Vital statistics of India. Vol. VI, European troops 1870-79
Year: 1870
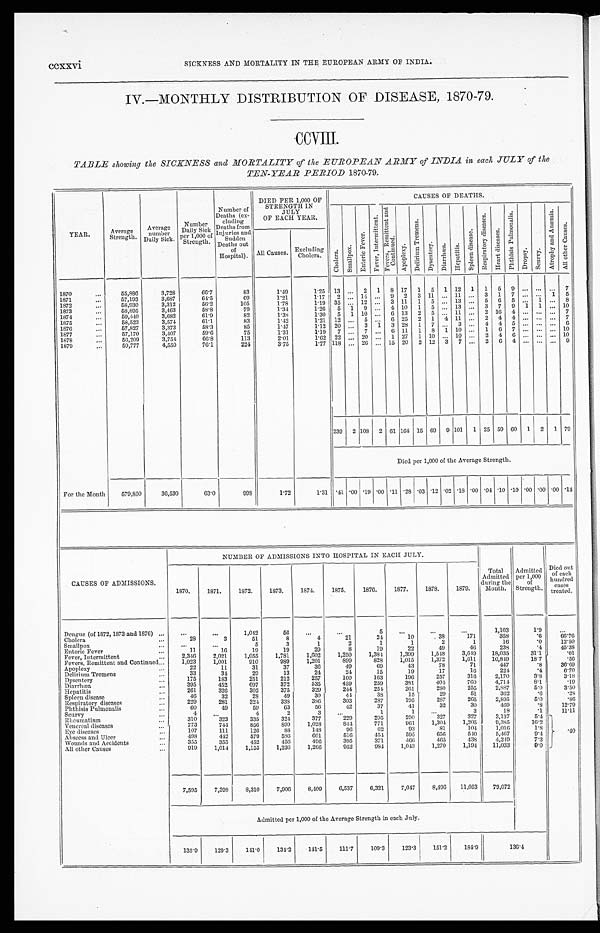
ccxxvi SICKNESS AND MORTALITY IN THE EUROPEAN ARMY OF INDIA.
IV.—MONTHLY DISTRIBUTION OF DISEASE, 1870-79.
TABLE showing the SICKNESS and MORTALITY of the EUROPEAN ARMY of INDIA in each JULY of the
TEN-YEAR PERIOD 1870-79.
YEAR.
Average
Strength.
Average
number
Daily Sick.
Number
Daily Sick
per 1,000 of
Strength.
Number of
D e a t h s ( e x -
c l u d i n g
D e a t h s f r o m
I n j u r i e s a n d
S u d d e n
D e a t h s o u t
o f H o s p i t a l ) .
DIED PER 1,000 OF
STRENGTH IN
JULY
OF EACH YEAR.
CAUSES OF DEATHS.
C h o l e r a .
S m a l l p o x .
E n t e r i c F e v e r .
F e v e r , I n t e r m i t t e n t .
F e v e r s , R e m i t t e n t a n d
C o n t i n u e d .
A p o p l e x y .
D e l i r i u m T r e m e n s .
D y s e n t e r y . D i a r r h œ a . H e p a t i t i s .
S p l e e n d i s e a s e .
R e s p i r a t o r y d i s e a s e s .
H e a r t d i s e a s e s .
P h t h i s i s P u l m o n a l i s .
D r o p s y . S c u r v y .
A t r o p h y a n d A n æ m i a .
A l l o t h e r C a u s e s .
All Causes. Excluding .
Cholera.
1870
55,886
3,728
66.7
83
1.49
1.25 13 ... 2 1 8 17 1 5 1 12 1 1 5 9 ... ...
. . . 7
1871
57,193
3,687
64.5
69
1.21
1.17 2 ... 14 ... 9 2 3 11 ... 11 ... 3 1 7 ...
. . . 1
5
1872
58,930
3,312
56.2
105
1.78
1.19 35 ... 12 ... 3 11 1 5
. . . 13 ... 5 6 5 ...
1 ...
8
1873
58,895
3,463
58.8
79
1.34
1.26 5 1 9 ... 4 10 1 5 ... 13 ... 3 7 9
1
1 ... 10
1874
59,440
3,682
61.9
82
1.38
1.30 5 1 10 ... 6 13 2 5 ... 11 ... 2 16 4 ... ... ... 7
1875
58,523
3,574
61.1
83
1.42
1.21 12 ... 5 ... 6 25 2 1 4 11 ... 2 4 4 ...
. . . . . . 7
1876
57,827
3,373
5
58.3
85
1.47
1.12 20 ... 3 1 3 28 1 7 ... 3 ... 4 4 5 ... ... ... 6
1877
57,170
3,407
59.6
75
1.31
1.19 7 ... 7 ... 6 11 1 8 1 10 ... 1 6 7 ... ... ... 10
1878
56,209
3,754
66.8
113
2.01
1.62 22 ... 20 ... 1 27 1 10
. . . 10 ... 2 4 6 ... ... ... 10
1879
59,777
4,550
76.1
224
3.75
1 . 7 7 118 ... 26 ... 15 20 2 12 3 7 ... 2 6 4 ... ... ... 9
239 2 108 2 61 164 15 69 9 101 1 25 59 60 1 2 1 79
Died per 1,000 of the Average Strength.
For the Month
579,850
36,530
63.0
998
1.72
1.31 .41 .00 .19 .00 .11 .28 .03 .12 .02 .18 .00 .04 .10 .10 .00 .00 .00 .14
CAUSES OF ADMISSIONS.
NUMBER OF ADMISSIONS INTO HOSPITAL IN EACH JULY.
Total
Admitted
d u r i n g t h e
Month.
Admitted
per 1,000
of
Strength.
Died out
of each
hundred
cases
treated.
1870.
1871.
1872.
1873.
1874.
1875.
1876.
1877.
1878.
1879.
Dengue (of 1872, 1873 and 1876)
...
. . . 1,042
56
...
. . .
5
...
...
...
1,103
1.9
. . .
Cholera
28
3
51
8
4
21
24
10
38
171
358
.6
66. 76
Smallpox
...
...
5
3
1
2
1
1
2
1
16
.0
12.50
Enteric Fever
11
16
19
19
29
8
19
22
49
46
238
.4
45. 38
Fever, Intermittent
2,346
2,021
1,055
1,781
1,602
1,250
1,384
1,399
1,548
3,649
18,035
31.1
.01
Fevers, Remittent and Continued
1,023
1,001
910
989
1,201
899
828
1,015
1,372
1,611
10,849
18.7
. 56
Apoplexy
22
11
31
37
36
49
69
43
78
71
447
.8
36. 69
Delirium Tremens
33
34
29
13
24
24
15
19
17
16
224
.4
6. 70
Dysentery
175
183
251
212
257
160
163
196
257
316
2,170
3.8
3.18
Diarrhœa
395
452
697
372
535
459
259
381
404
760
4,714
8.1
.19
Hepatitis
261
326
302
375
329
244
254
261
280
255
2,887
5.0
3.50
Spleen disease
46
32
28
49
30
44
38
15
29
51
362
. 6
.28
Respiratory diseases
229
281
324
338
386
303
287
195
287
265
2,895
5.0
.86
Phthisis Pulmonalis
6 0
49
59
63
56
42
37
41
32
30
469
.8
12.79
Scurvy
4
. . .
4
2
3
. . .
1
1
. . .
3
18
.1
11.11
Rheumatism
310
323
335
324
377
229
295
290
327
327
3,137
5.4
. 4 0
Venereal diseases
773
744
856
899
1,028
8 4 4
771
961
1,304
1,205
9,385
16.2
Eye diseases
107
111
126
88
148
96
62
93
81
104
1,016
1.8
Abscess and Ulcer
498
442
579
586
601
516
454
595
656
540
5,467
9.4
Wounds and Accidents
355
355
452
456
496
395
371
4 6 6
465
438
4,249
7.3
All other Causes
919
1,014
1,155
1,236
1,266
952
984
1,043
1,270
1,194
11,033
9.0
7,595
7,398 8,310
7,906
8,409
6,537
6,321
7,047
8,496
11,053
79,072
Admitted per 1,000 of the Average Strength in each July.
135.9
129.3
141.0
134.2
141.5
111.7
109.3
123.3
151.2
184.9
1 3 6 . 4